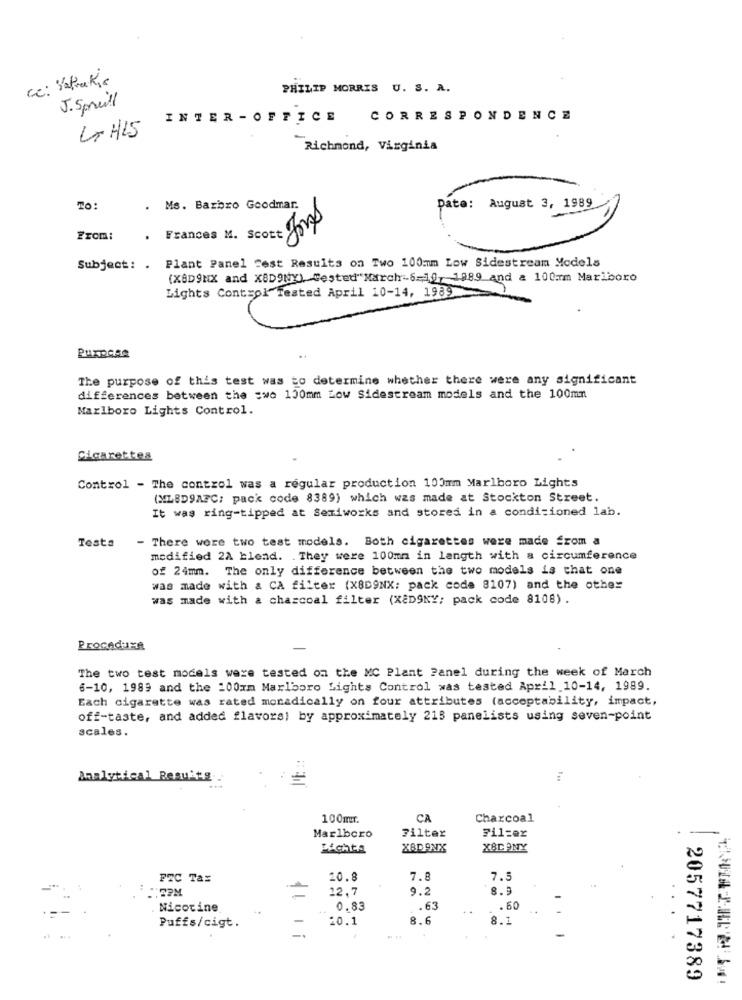
cc: YatraKis
PHILIP MORRIS U. S. A.
J. Spreill
INTER - OFFICE CORRESPONDENCE
LHLS
Richmond, Virginia
TO:
Ms. Barbro Goodmar.
Date: August 3, 1989
From:
Subject: . Plant Panel Test Results on Two 100mm Low Sidestream Models
(X8D9HX and X8D9NY), Tested"March-6-10, 1989 and & 100mm Marlboro
Lights Control Tested April 10-14, 1989
Purpose
The purpose of this test was to determine whether there were any significant
differences between the :wo 100mm Low Sidestream models and the 100mm
Marlboro Lights Control.
Cigarettes
Control - The control was a regular production 100mm Marlboro Lights
(MLBD9AFC; pack code 8389) which was made at Stockton Street.
It was ring-tipped at Semiworks and stored in a conditioned lab.
- There were two test models. Both cigarettes were made from a
Testa
modified 2A blend. . They were 100mm in length with a circumference
of 24mm. The only difference between the two models is that one
was made with & CA filter (X8D9NX; pack code 8107) and the other
was made with a charcoal filter (XEDSKY; pack code 8108) .
Procedura
The two test models were tested on the MC Plant Panel during the week of March
6-10, 1989 and the 100mm Marlboro Lights Control was tested April 10-14, 1989.
Each cigarette was rated moradically on four attributes (acceptability, impact,
off-taste, and added flavors) by approximately 215 panelists using seven-point
scales.
Analytical Reguig ..
100mr.
CA
Charcoal
Marlboro
Filter
Filzer
Lichte
XBDONX
XBDANY
FTC Tax
20.8
7.8
7.5
12PM
12.7
9.2
8.9
Nicotine.
0.83
.. 63
. 60
20.1
8.6
8.1
Puffs/cigt.
2057717389